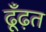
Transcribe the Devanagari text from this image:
ढूँढ़त